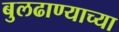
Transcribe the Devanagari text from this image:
बुलढाण्याच्या